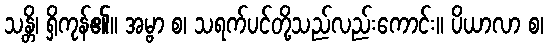
သန္တိ၊ ရှိကုန်၏။ အမ္ဗာ စ၊ သရက်ပင်တို့သည်လည်းကောင်း။ ပိယာလာ စ၊